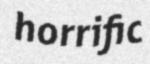
horrific